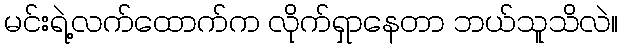
မင်းရဲ့လက်ထောက်က လိုက်ရှာနေတာ ဘယ်သူသိလဲ။